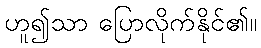
ဟူ၍သာ ပြောလိုက်နိုင်၏။